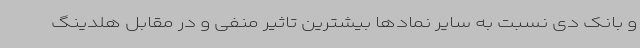
و بانک دی نسبت به سایر نمادها بیشترین تاثیر منفی و در مقابل هلدینگ